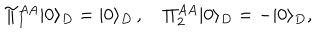
\Pi _ { 1 } ^ { A A } | 0 \rangle _ { D } = | 0 \rangle _ { D } \, , \quad \Pi _ { 2 } ^ { A A } | 0 \rangle _ { D } = - | 0 \rangle _ { D } , \quad